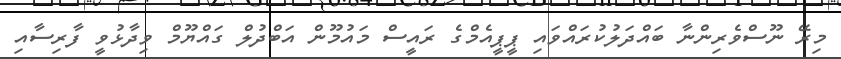
މިރޭ ނޫސްވެރިންނާ ބައްދަލުކުރައްވައި ޕީޕީއެމްގެ ރައީސް މައުމޫން އަބްދުލް ގައްޔޫމް ވިދާޅުވީ ފާރިސާއި